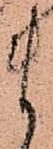
ま